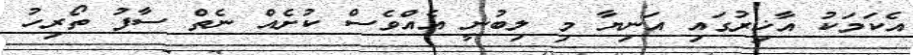
އެކަމަކު އާޚިރުގައި އަނިޔާ މި ލިބުނީ އެއްވެސް ކުށެއް ނެތް ސާފު ތޯރިހު